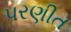
પરણીત